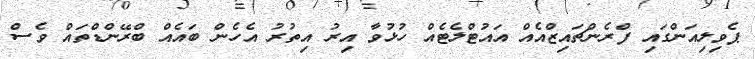
ޕެވިލިއަންގައި ފްރެންޗައިޒްއެއް އައުޓްލެޓެއް ހުޅުވާ އިރު އިތުރު އެހެން ބައެއް ބްރޭންޑްތައް ވެސް